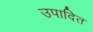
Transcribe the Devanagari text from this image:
उपादित